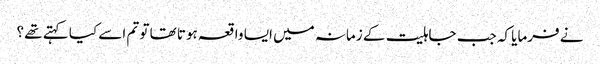
نے فرمایا کہ جب جاہلیت کے زمانہ میں ایسا واقعہ ہوتا تھا تو تم اسے کیا کہتے تھے ؟